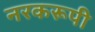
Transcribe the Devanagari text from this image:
नरकरूपी